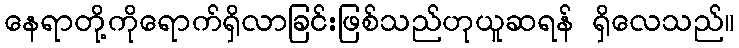
နေရာတို့ကိုရောက်ရှိလာခြင်းဖြစ်သည်ဟုယူဆရန် ရှိလေသည်။